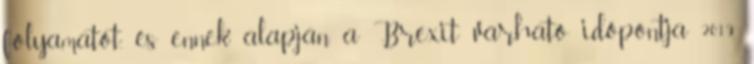
folyamatot, és ennek alapján a Brexit várható időpontja 2019.